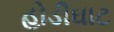
હોડીઘાટ